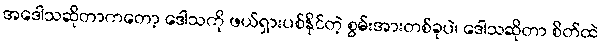
အဒေါသဆိုတာကတော့ ဒေါသကို ဖယ်ရှားပစ်နိုင်တဲ့ စွမ်းအားတစ်ခုပဲ၊ ဒေါသဆိုတာ စိတ်ထဲ